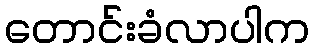
တောင်းခံလာပါက